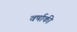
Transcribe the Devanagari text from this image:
वर्षाकी